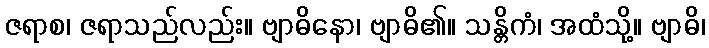
ဇရာစ၊ ဇရာသည်လည်း။ ဗျာဓိနော၊ ဗျာဓိ၏။ သန္တိကံ၊ အထံသို့။ ဗျာဓိ၊